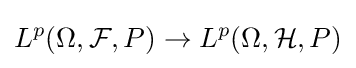
L^{p}(\Omega ,{\mathcal {F}},P)\rightarrow L^{p}(\Omega ,{\mathcal {H}},P)